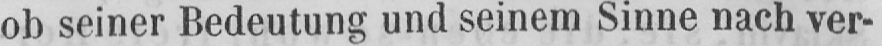
ob seiner Bedeutung und seinem Sinne nach ver-